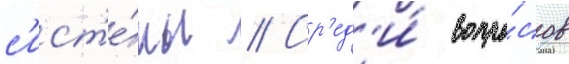
с'ист'е́мы // Ср'ед'и́ вопро́сов